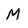
Character: M